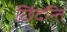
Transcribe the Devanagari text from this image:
छिंदन्ति